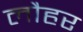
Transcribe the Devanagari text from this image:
लौहर